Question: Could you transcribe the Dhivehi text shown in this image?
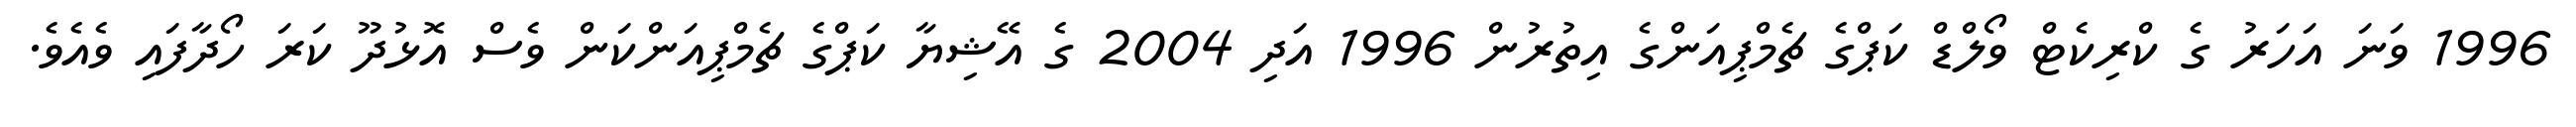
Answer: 1996 ވަނަ އަހަރު ގެ ކްރިކެޓް ވޯލްޑް ކަޕްގެ ޗެމްޕިއަންގެ އިތުރުން 1996 އަދި 2004 ގެ އޭޝިޔާ ކަޕްގެ ޗެމްޕިއަންކަން ވެސް އޮޅުދޫ ކަރަ ހޯދާފައި ވެއެވެ.